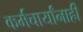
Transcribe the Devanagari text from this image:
कर्मचार्यांनाही